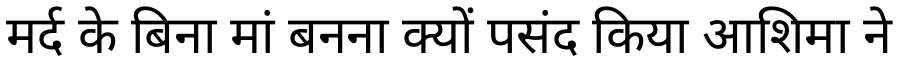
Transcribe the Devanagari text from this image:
मर्द के बिना मां बनना क्यों पसंद किया आशिमा ने